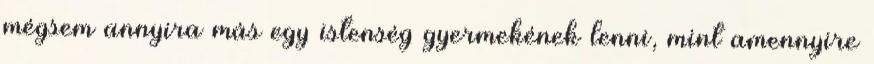
mégsem annyira más egy istenség gyermekének lenni, mint amennyire